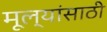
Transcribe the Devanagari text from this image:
मूल्यांसाठी